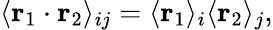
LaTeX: \langle\mathbf{r}_{1}\cdot\mathbf{r}_{2}\rangle_{ij}=\langle\mathbf{r}_{1}\rangle_{i}\langle\mathbf{r}_{2}\rangle_{j},